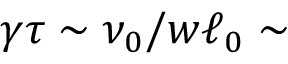
\gamma \tau \sim \nu _ { 0 } / w \ell _ { 0 } \sim